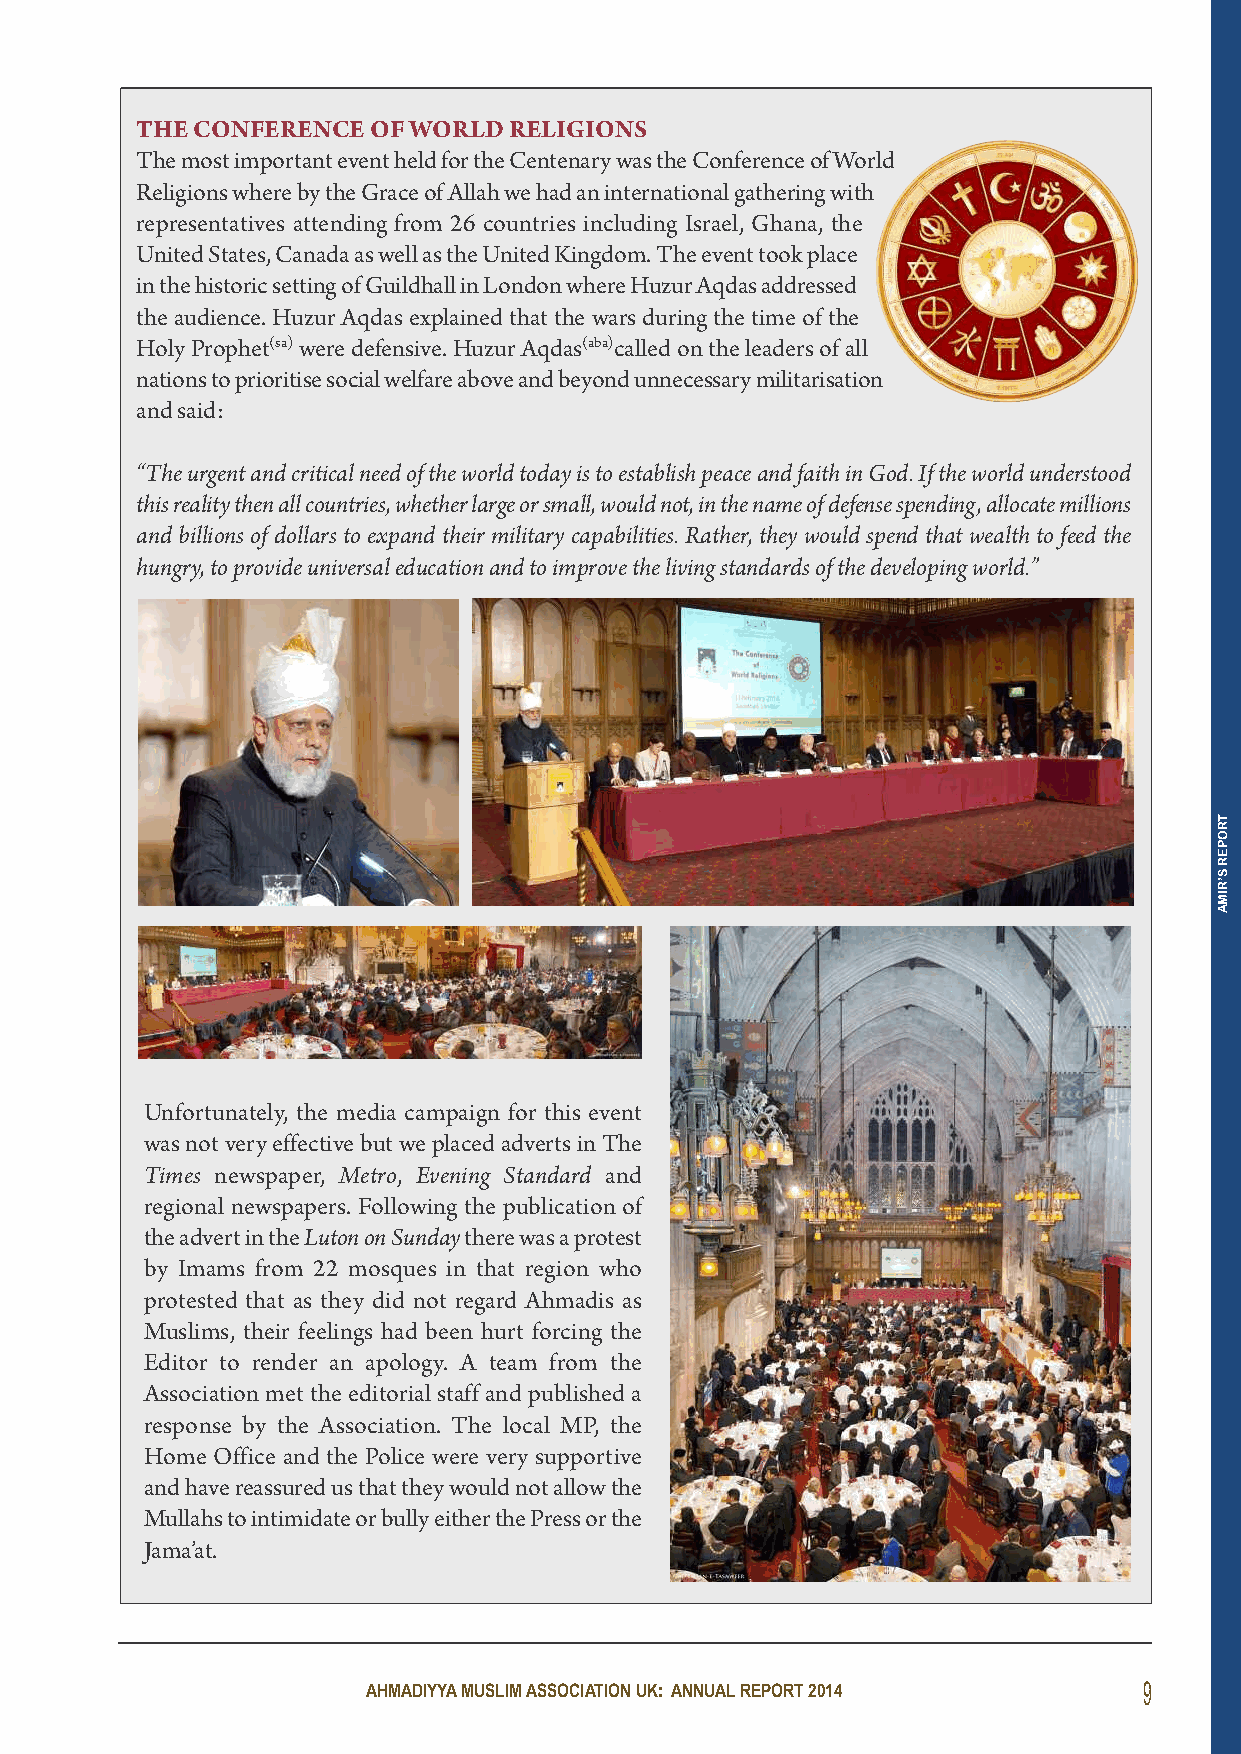
tHe ConfeRenCe of WoRld  Religions
 The most important event held for the Centenary was the Conference of World
 Religions where by the Grace of Allah we had an international gathering with
 representatives attending from 26 countries including Israel, Ghana, the
 United States, Canada as well as the United Kingdom. The event took place
 in the historic setting of Guildhall in London where Huzur Aqdas addressed
 the audience. Huzur Aqdas explained that the wars during the time of the
 Holy Prophet(sa)were defensive. Huzur Aqdas(aba)called on the leaders of all
 nations to prioritise social welfare above and beyond unnecessary militarisation
 and said:
 “The urgent and critical need of the world today is to establish peace and faith in God. If the world understood
 this reality then all countries, whether large or small, would not, in the name of defense spending, allocate millions
 and billions of dollars to expand their military capabilities. Rather, they would spend that wealth to feed the
 hungry, to provide universal education and to improve the living standards of the developing world.”
 Unfortunately, the media campaign for this event
 was not very effective but we placed adverts in The
 Times newspaper, Metro, Evening Standard and
 regional newspapers. Following the publication of
 the advert in the Luton on Sundaythere was a protest
 by Imams from 22 mosques in that region who
 protested that as they did not regard Ahmadis as
 Muslims, their feelings had been hurt forcing the
 Editor to render an apology. A team from the
 Association met the editorial staff and published a
 response by the Association. The local MP, the
 Home Office and the Police were very supportive
 and have reassured us that they would not allow the
 Mullahs to intimidate or bully either the Press or the
 Jama’at.
 AHMADIYYA MUSLIM ASSOCIATION UK: ANNUAL REPORT 2014 9
 TROPER
 S’RIMA